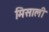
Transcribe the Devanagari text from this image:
मिसाली